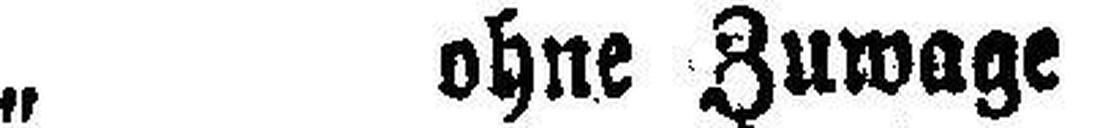
„ ohne Zuwage